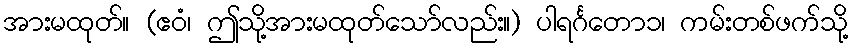
အားမထုတ်။ (ဧဝံ၊ ဤသို့အားမထုတ်သော်လည်း။) ပါရင်္ဂတော၁၊ ကမ်းတစ်ဖက်သို့